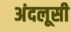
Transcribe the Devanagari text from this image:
अंदलूसी